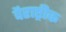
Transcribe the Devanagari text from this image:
वैराष्ट्रीक